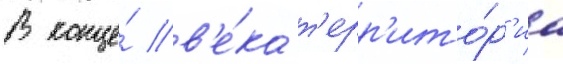
В конце́ в'е́ка т'ерр'ито́р'иа